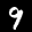
Label: 9